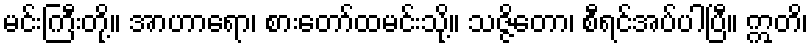
မင်းကြီးတို့။ အာဟာရော၊ စားတော်ထမင်းသို့။ သဇ္ဇိတော၊ စီရင်အပ်ပါပြီ။ ဣတိ၊